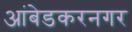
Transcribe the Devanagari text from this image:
आंबेडकरनगर